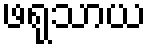
ဖရုသာယ